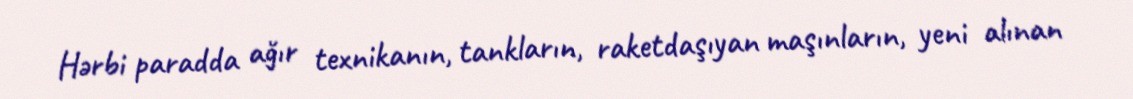
Hərbi paradda ağır texnikanın, tankların, raketdaşıyan maşınların, yeni alınan